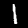
Label: 1